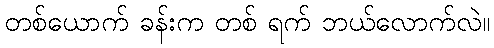
တစ်ယောက် ခန်းက တစ် ရက် ဘယ်လောက်လဲ။